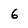
Character: 6